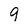
Character: 9